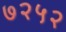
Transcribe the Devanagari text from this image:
७२५२